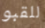
للقبو